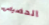
الحضيض